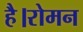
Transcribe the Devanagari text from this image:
है।रोमन